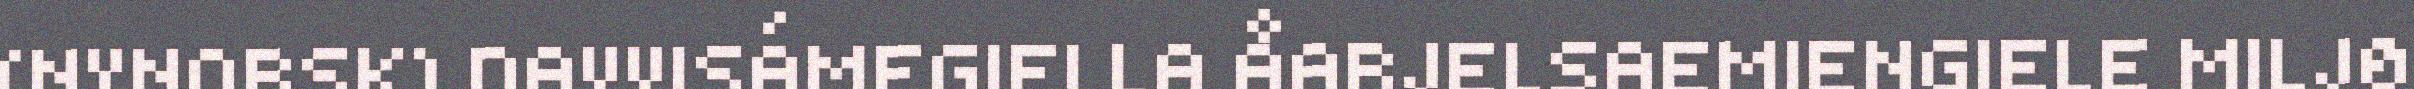
(NYNORSK) DAVVISÁMEGIELLA ÅARJELSAEMIENGIELE MILJØ